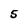
Character: 5